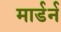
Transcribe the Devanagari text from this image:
मार्डर्न